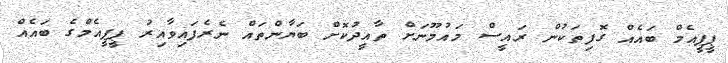
ޕީޕީއެމް ބައެއް ގޮފިތަކުން ރައީސް މައުމޫނަށް ތާއީދުކޮށް ބަޔާންތައް ނެރެފައިވާއިރު ޕީޕީއެމްގެ ބައެއް